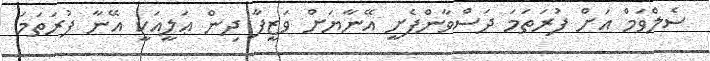
ސެލްވަމް އަށް ފުރަތަމަ ދަސްވާންފެށީ އޭނާޔަށް ވަޒީފާ ދިން ޢަލީއަކީ އޭނާ ފުރަތަމަ